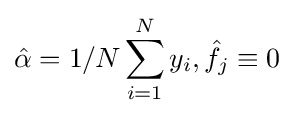
{\hat {\alpha }}=1/N\sum _{i=1}^{N}y_{i},{\hat {f_{j}}}\equiv 0